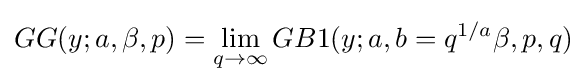
GG(y;a,\beta ,p)=\lim _{q\to \infty }GB1(y;a,b=q^{1/a}\beta ,p,q)